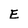
Character: E